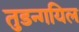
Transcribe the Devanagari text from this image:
तुडन्गयिल